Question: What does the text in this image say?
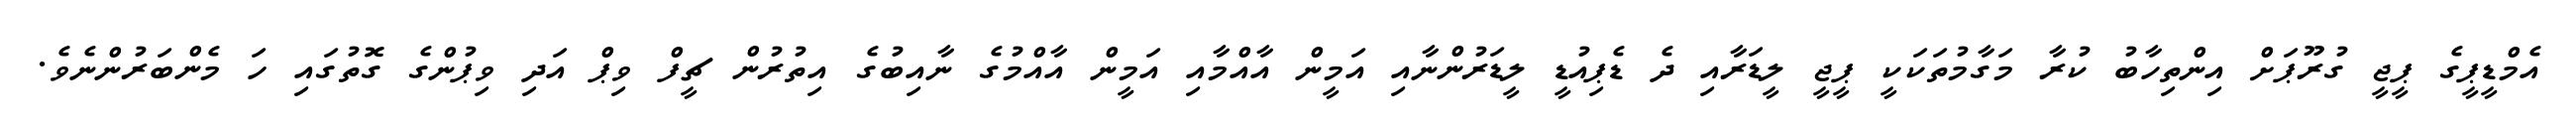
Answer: އެމްޑީޕީގެ ޕީޖީ ގުރޫޕަށް އިންތިހާބު ކުރާ މަގާމުތަކަކީ ޕީޖީ ލީޑަރާއި ދެ ޑެޕިއުޑީ ލީޑަރުންނާއި އަމީން އާއްމާއި އަމީން އާއްމުގެ ނާއިބުގެ އިތުރުން ޗީފް ވިޕް އަދި ވިޕުންގެ ގޮތުގައި ހަ މެންބަރުންނެވެ.